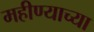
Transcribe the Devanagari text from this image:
महीण्याच्या